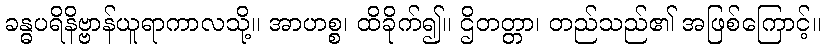
ခန္ဓပရိနိဗ္ဗာန်ယူရာကာလသို့။ အာဟစ္စ၊ ထိခိုက်၍။ ဌိတတ္တာ၊ တည်သည်၏ အဖြစ်ကြောင့်။